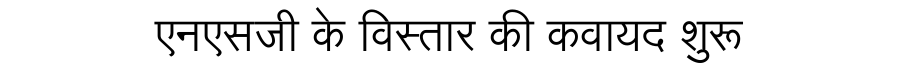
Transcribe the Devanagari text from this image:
एनएसजी के विस्तार की कवायद शुरू